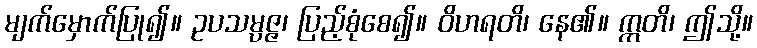
မျက်မှောက်ပြု၍။ ဥပသမ္ပဇ္ဇ၊ ပြည့်စုံစေ၍။ ဝိဟရတိ၊ နေ၏။ ဣတိ၊ ဤသို့။